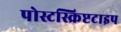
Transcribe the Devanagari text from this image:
पोस्टस्क्रिप्टटाइप